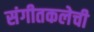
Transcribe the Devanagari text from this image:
संगीतकलेची